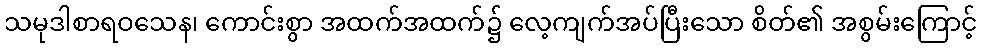
သမုဒါစာရဝသေန၊ ကောင်းစွာ အထက်အထက်၌ လေ့ကျက်အပ်ပြီးသော စိတ်၏ အစွမ်းကြောင့်